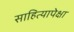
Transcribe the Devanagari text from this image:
साहित्यापेक्षा